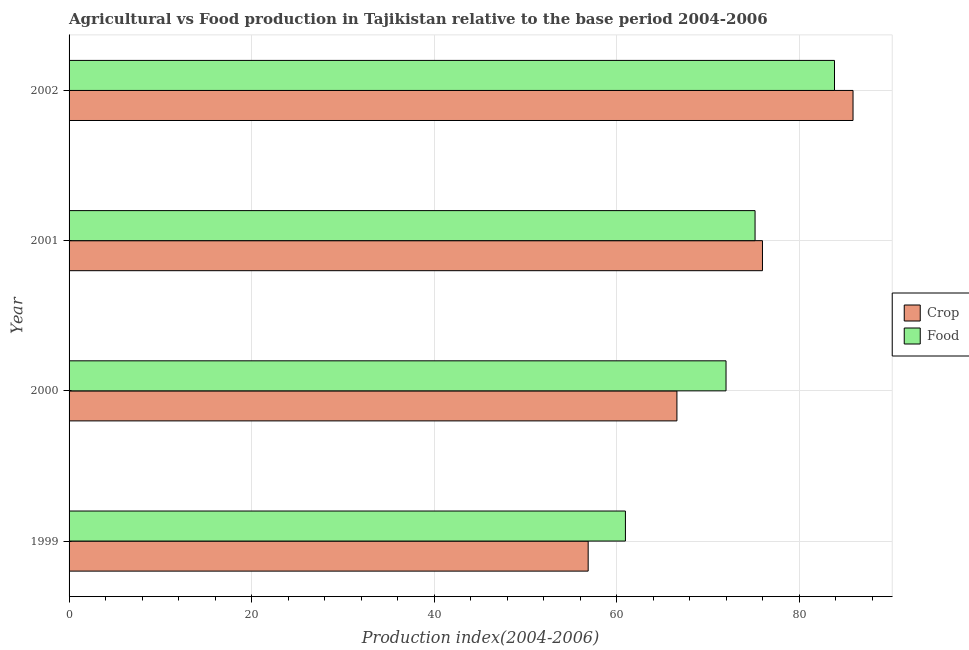
| Year | Crop | Food |
 | --- | --- | --- |
 | 1999 | 56.9 | 60.9 |
 | 2000 | 66.6 | 72 |
 | 2001 | 76 | 75.1 |
 | 2002 | 85.9 | 83.8 |